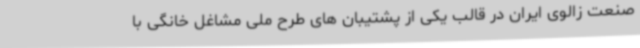
صنعت زالوی ایران در قالب یکی از پشتیبان های طرح ملی مشاغل خانگی با